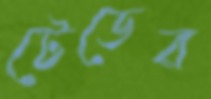
টেডের